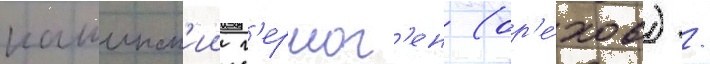
кашинск'ии г'ермог'ен (ор'е́хов) /